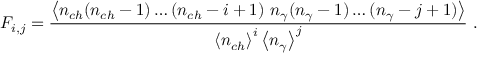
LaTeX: F _ { i , j } = \frac { \left< n _ { c h } ( n _ { c h } - 1 ) \ldots ( n _ { c h } - i + 1 ) ~ n _ { \gamma } ( n _ { \gamma } - 1 ) \ldots ( n _ { \gamma } - j + 1 ) \right> } { \left< n _ { c h } \right> ^ { i } \left< n _ { \gamma } \right> ^ { j } } \ .